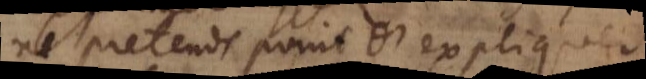
ne pretends point d’expliquer